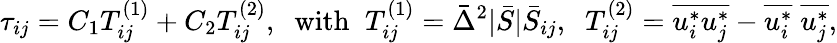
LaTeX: {\tau_{ij}}={C_{1}}T_{ij}^{\left(1\right)}+{C_{2}}T_{ij}^{\left(2\right)},\; \; \mathrm{{with}}\; \; T_{ij}^{\left(1\right)}={{\bar{\Delta}}^{2}}|\bar{S}|{{\bar{S}}_{ij}},\; \; T_{ij}^{\left(2\right)}=\overline{{u_{i}^{*}u_{j}^{*}}}-\overline{{u_{i}^{*}}}\; \overline{{u_{j}^{*}}},